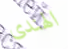
الهندى